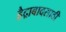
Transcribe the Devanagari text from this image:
हैद्राबादसाठी